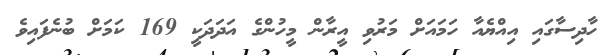
ހާދިސާގައި އިއްޔެއާ ހަަމައަށް މަރުވި އީރާން މީހުންގެ އަދަދަކީ 169 ކަމަށް ބުނެފައިވެ